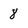
Character: 8